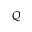
Q